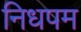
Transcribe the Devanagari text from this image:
निधपम